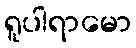
ရူပါရာမော